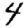
Digit: 4